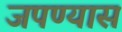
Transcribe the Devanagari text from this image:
जपण्यास